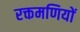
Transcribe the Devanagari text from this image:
रक्तमणियों